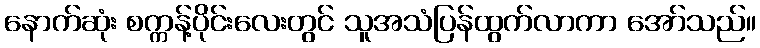
နောက်ဆုံး စက္ကန့်ပိုင်းလေးတွင် သူအသံပြန်ထွက်လာကာ အော်သည်။